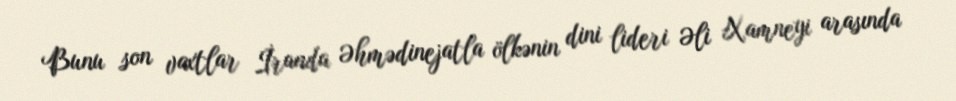
Bunu son vaxtlar İranda Əhmədinejatla ölkənin dini lideri Əli Xamneyi arasında